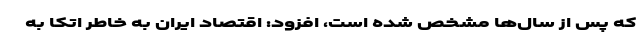
که پس از سال‌ها مشخص شده است، افزود: اقتصاد ایران به خاطر اتکا به